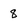
Character: 8